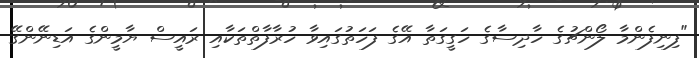
"ފިނިފެންމާ ލޯންޗުގެ ހާދިސާގެ ހަގީގަތާ އޭގެ ފަހަތުގައިވާ ހުރާފާތްތަކާއި ރައީސް ޔާމީންގެ އަޑިނޭންގޭ